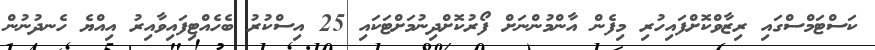
ކަސްޓަމްސްގައި ރިޒާވްކޮށްފައިހުރި މިފެން އާންމުންނަށް ފޯރުކޮށްދިނުމަށްޓަކައި 25 އިސްކުރު ބެހެއްޓިފައިވާއިރު އިއްޔެ ހެނދުނުން